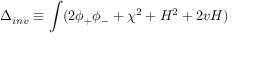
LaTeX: \Delta _ { i n v } \equiv \int ( 2 \phi _ { + } \phi _ { - } + \chi ^ { 2 } + H ^ { 2 } + 2 v H )